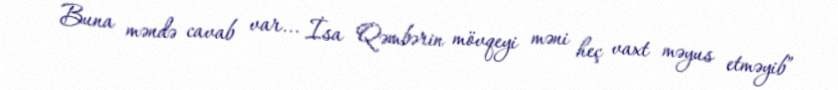
Buna məndə cavab var... İsa Qəmbərin mövqeyi məni heç vaxt məyus etməyib”